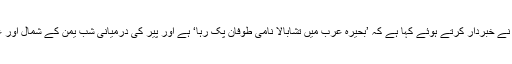
عالمی موسمیاتی تنظیم (ڈبلیو ایم او) نے خبردار کرتے ہوئے کہا ہے کہ ’بحیرہ عرب میں تشابالا نامی طوفان پک رہا‘ ہے اور پیر کی درمیانی شب یمن کے شمال اور عمان کے ساحل سے ٹکرا سکتا ہے۔